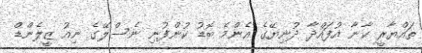
ތައްޔާރީ ކާނާ އުފައްދާ ދުނިޔޭގެ އެންމެ ބޮޑު ކުންފުނި ނެސްލޭގެ ނިއު ޒީލެންޑް